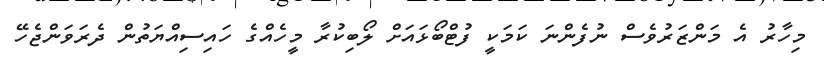
މިހާރު އެ މަންޒަރުވެސް ނުފެންނަ ކަމަކީ ފުޓްބޯޅައަށް ލޯބިކުރާ މީހެއްގެ ހައިސިއްޔަތުން ދެރަވަންޖެހޭ